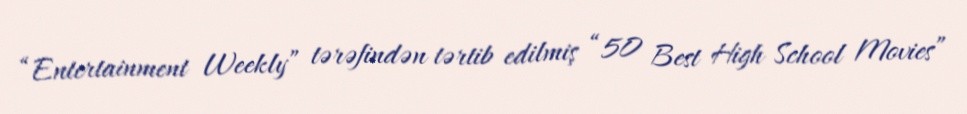
“Entertainment Weekly” tərəfindən tərtib edilmiş “50 Best High School Movies”